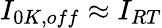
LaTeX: I_{0K,off}\approx I_{RT}